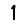
Digit: 1